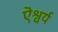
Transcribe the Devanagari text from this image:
ऎश्वर्य